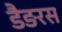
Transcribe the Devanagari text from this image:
डैङरस